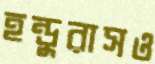
হন্ডুরাসও